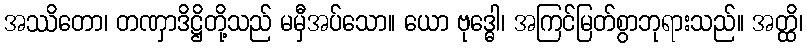
အဿိတော၊ တဏှာဒိဋ္ဌိတို့သည် မမှီအပ်သော။ ယော ဗုဒ္ဓေါ၊ အကြင်မြတ်စွာဘုရားသည်။ အတ္ထိ၊